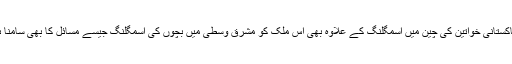
‘‘ پاکستانی خواتین کی چین میں اسمگلنگ کے علاوہ بھی اس ملک کو مشرق وسطیٰ میں بچوں کی اسمگلنگ جیسے مسائل کا بھی سامنا ہے۔